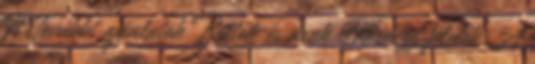
Ft További ajánlatok Boltok és árak Kérdezz felelek A